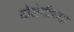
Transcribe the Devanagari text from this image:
टोलेमीच्या